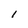
Character: I